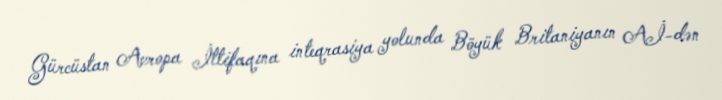
Gürcüstan Avropa İttifaqına inteqrasiya yolunda Böyük Britaniyanın Aİ-dən